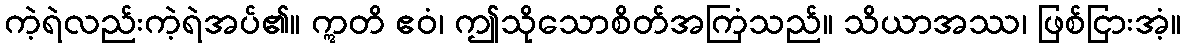
ကဲ့ရဲလည်းကဲ့ရဲအပ်၏။ ဣတိ ဧဝံ၊ ဤသိုသောစိတ်အကြံသည်။ သိယာအဿ၊ ဖြစ်ငြားအံ့။